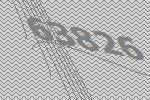
63826